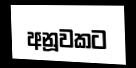
අනූවකට